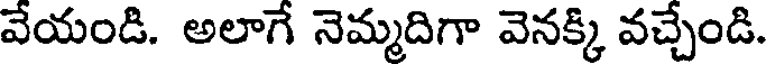
వేయండి. అలాగే నెమ్మదిగా వెనక్కి వచ్చేండి.